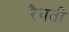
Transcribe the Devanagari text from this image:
रैयती